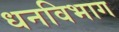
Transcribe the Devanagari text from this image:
धनविभाग